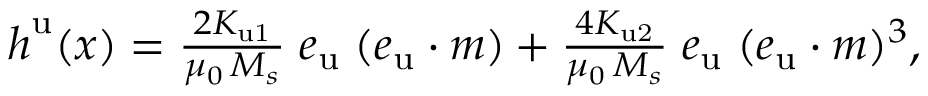
\begin{array} { r } { \boldsymbol { h } ^ { \mathrm { u } } ( \boldsymbol { x } ) = \frac { 2 K _ { \mathrm { u 1 } } } { \mu _ { 0 } \, M _ { s } } \; \boldsymbol { e } _ { \mathrm { u } } \; ( \boldsymbol { e } _ { \mathrm { u } } \cdot \boldsymbol { m } ) + \frac { 4 K _ { \mathrm { u 2 } } } { \mu _ { 0 } \, M _ { s } } \; \boldsymbol { e } _ { \mathrm { u } } \; ( \boldsymbol { e } _ { \mathrm { u } } \cdot \boldsymbol { m } ) ^ { 3 } , } \end{array}